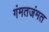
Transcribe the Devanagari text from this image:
गंमतजंमत